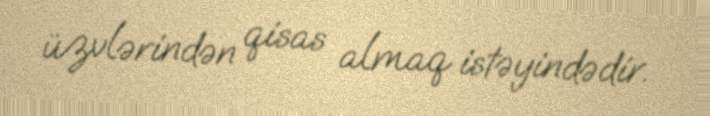
üzvlərindən qisas almaq istəyindədir.